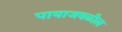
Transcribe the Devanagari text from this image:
पायाजवळील